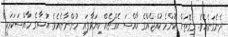
ދެނެގަނެއެވެ. މިގޮތަށް ކޮންމެ ކުއްޖެއްގެ ހާއްސަ އެއްޗެއް ކިޔަވާފައި ހުންނާނެއެވެ. އުޝާގެ ހާއްސަކަމަކީ